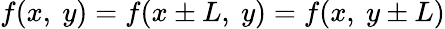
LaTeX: f(x,\ y)=f(x\pm L,\ y)=f(x,\ y\pm L)